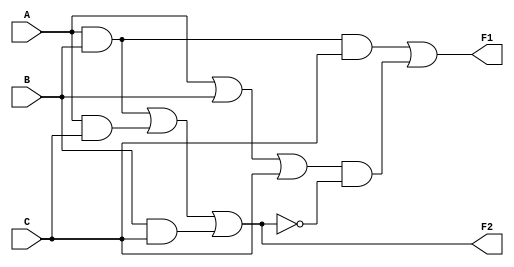
`timescale 1ns/100ps
`default_nettype none

module Circuit_1(A, B, C, F1, F2);
  output F1,F2;
  input A,B,C;
  wire T1,T2,T3,T4,T5,T6,T7;

  and (T2, A, B, C);
  or (T1, A, B, C);
  and (T4, A, B);
  and (T5, A, C);
  and (T6, B, C);

  or (F2, T4, T5, T6);
  not (T7, F2);

  and (T3, T1, T7);
  or (F1, T2, T3);
endmodule